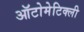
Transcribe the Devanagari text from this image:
ऑटोमेटिक्ली